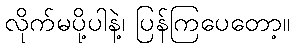
လိုက်မပို့ပါနဲ့၊ ပြန်ကြပေတော့။